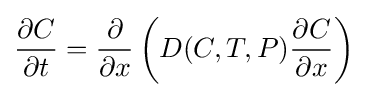
{\frac {\partial C}{\partial t}}={\frac {\partial }{\partial x}}\left(D(C,T,P){\frac {\partial C}{\partial x}}\right)